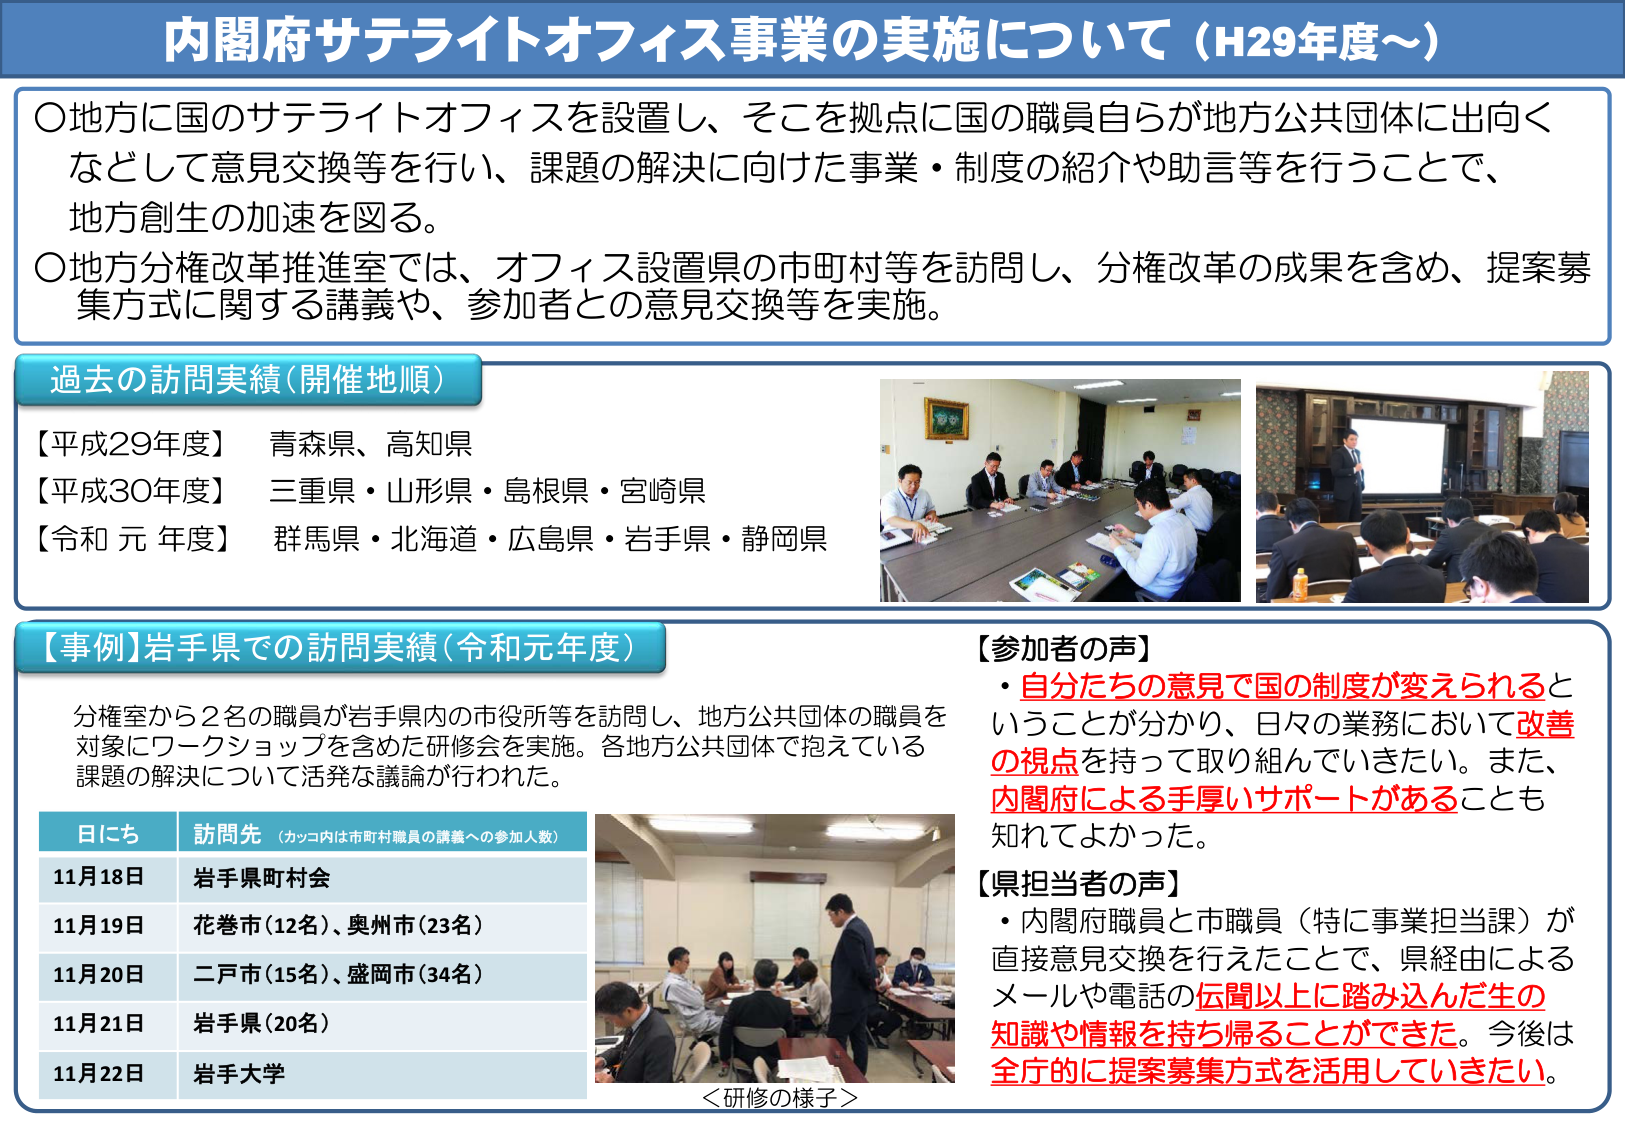
内閣府サテライトオフィス事業の実施について（H29年度～）

〇地方に国のサテライトオフィスを設置し、そこを拠点に国の職員自らが地方公共団体に出向くなどして意見交換等を行い、課題の解決に向けた事業・制度の紹介や助言等を行うことで、地方創生の加速を図る。
〇地方分権改革推進室では、オフィス設置県の市町村等を訪問し、分権改革の成果を含め、提案募集方式に関する講義や、参加者との意見交換等を実施。

過去の訪問実績（開催地順）
【平成29年度】 青森県、高知県
【平成30年度】 三重県・山形県・島根県・宮崎県
【令和元年度】 群馬県・北海道・広島県・岩手県・静岡県

【事例】岩手県での訪問実績（令和元年度）
分権室から2名の職員が岩手県内の市役所等を訪問し、地方公共団体の職員を対象にワークショップを含めた研修会を実施。各地方公共団体で抱えている課題の解決について活発な議論が行われた。

日につ 訪問先 （カッコ内は市町村職員の講義への参加人数）
11月18日 岩手県町村会
11月19日 花巻市（12名）、奥州市（23名）
11月20日 二戸市（15名）、盛岡市（34名）
11月21日 岩手県（20名）
11月22日 岩手大学

＜研修の様子＞

【参加者の声】
・自分たちの意見で国の制度が変えられるということが分かり、日々の業務において改善の視点を持って取り組んでいきたい。また、内閣府による手厚いサポートがあることも知れてよかった。

【県担当者の声】
・内閣府職員と市職員（特に事業担当課）が直接意見交換を行えたことで、県経由によるメールや電話の伝聞以上に踏み込んだ生の知識や情報を持ち帰ることができた。今後は全庁的に提案募集方式を活用していきたい。